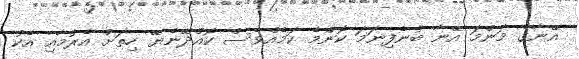
އޭނާގެ މަންމަ އޭނާ ބުނެފިނަމަ ކޮންމެ ކަމެއްވެސް ކޮއްދޭނެޔޭ ހިތަށް އެރުމާއި އެކު